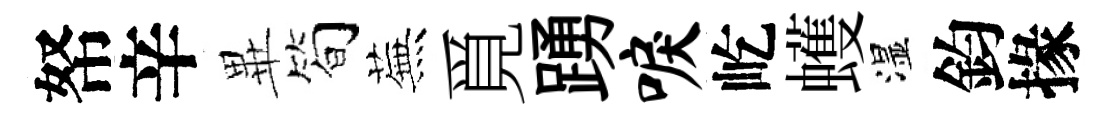
帑辛𭺾筍蕪覓踴唳屹蠖湿鈞掾